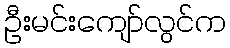
ဦးမင်းကျော်လွင်က